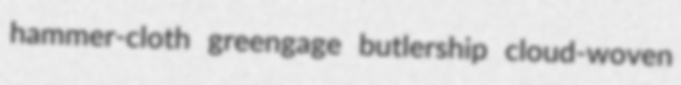
hammer-cloth greengage butlership cloud-woven